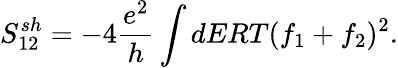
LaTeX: {S_{12}^{sh}}=-4\frac{e^{2}}{h}\int dERT(f_{1}+f_{2})^{2}.